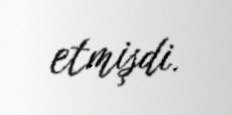
etmişdi.